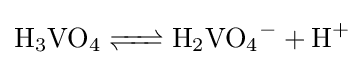
{\ce {H3VO4 <=> H2VO4- + H+}}